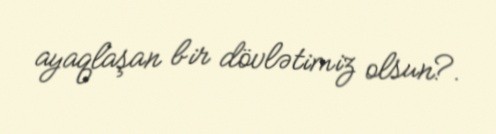
ayaqlaşan bir dövlətimiz olsun?.